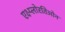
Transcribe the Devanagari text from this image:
एक्ष्प्लोरतिओन